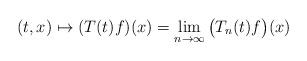
LaTeX: \begin{align*}(t,x) \mapsto (T(t)f)(x) = \lim_{n\to\infty} \big(T_n(t)f\big) (x)\end{align*}